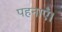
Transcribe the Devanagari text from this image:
पहनाएँ।